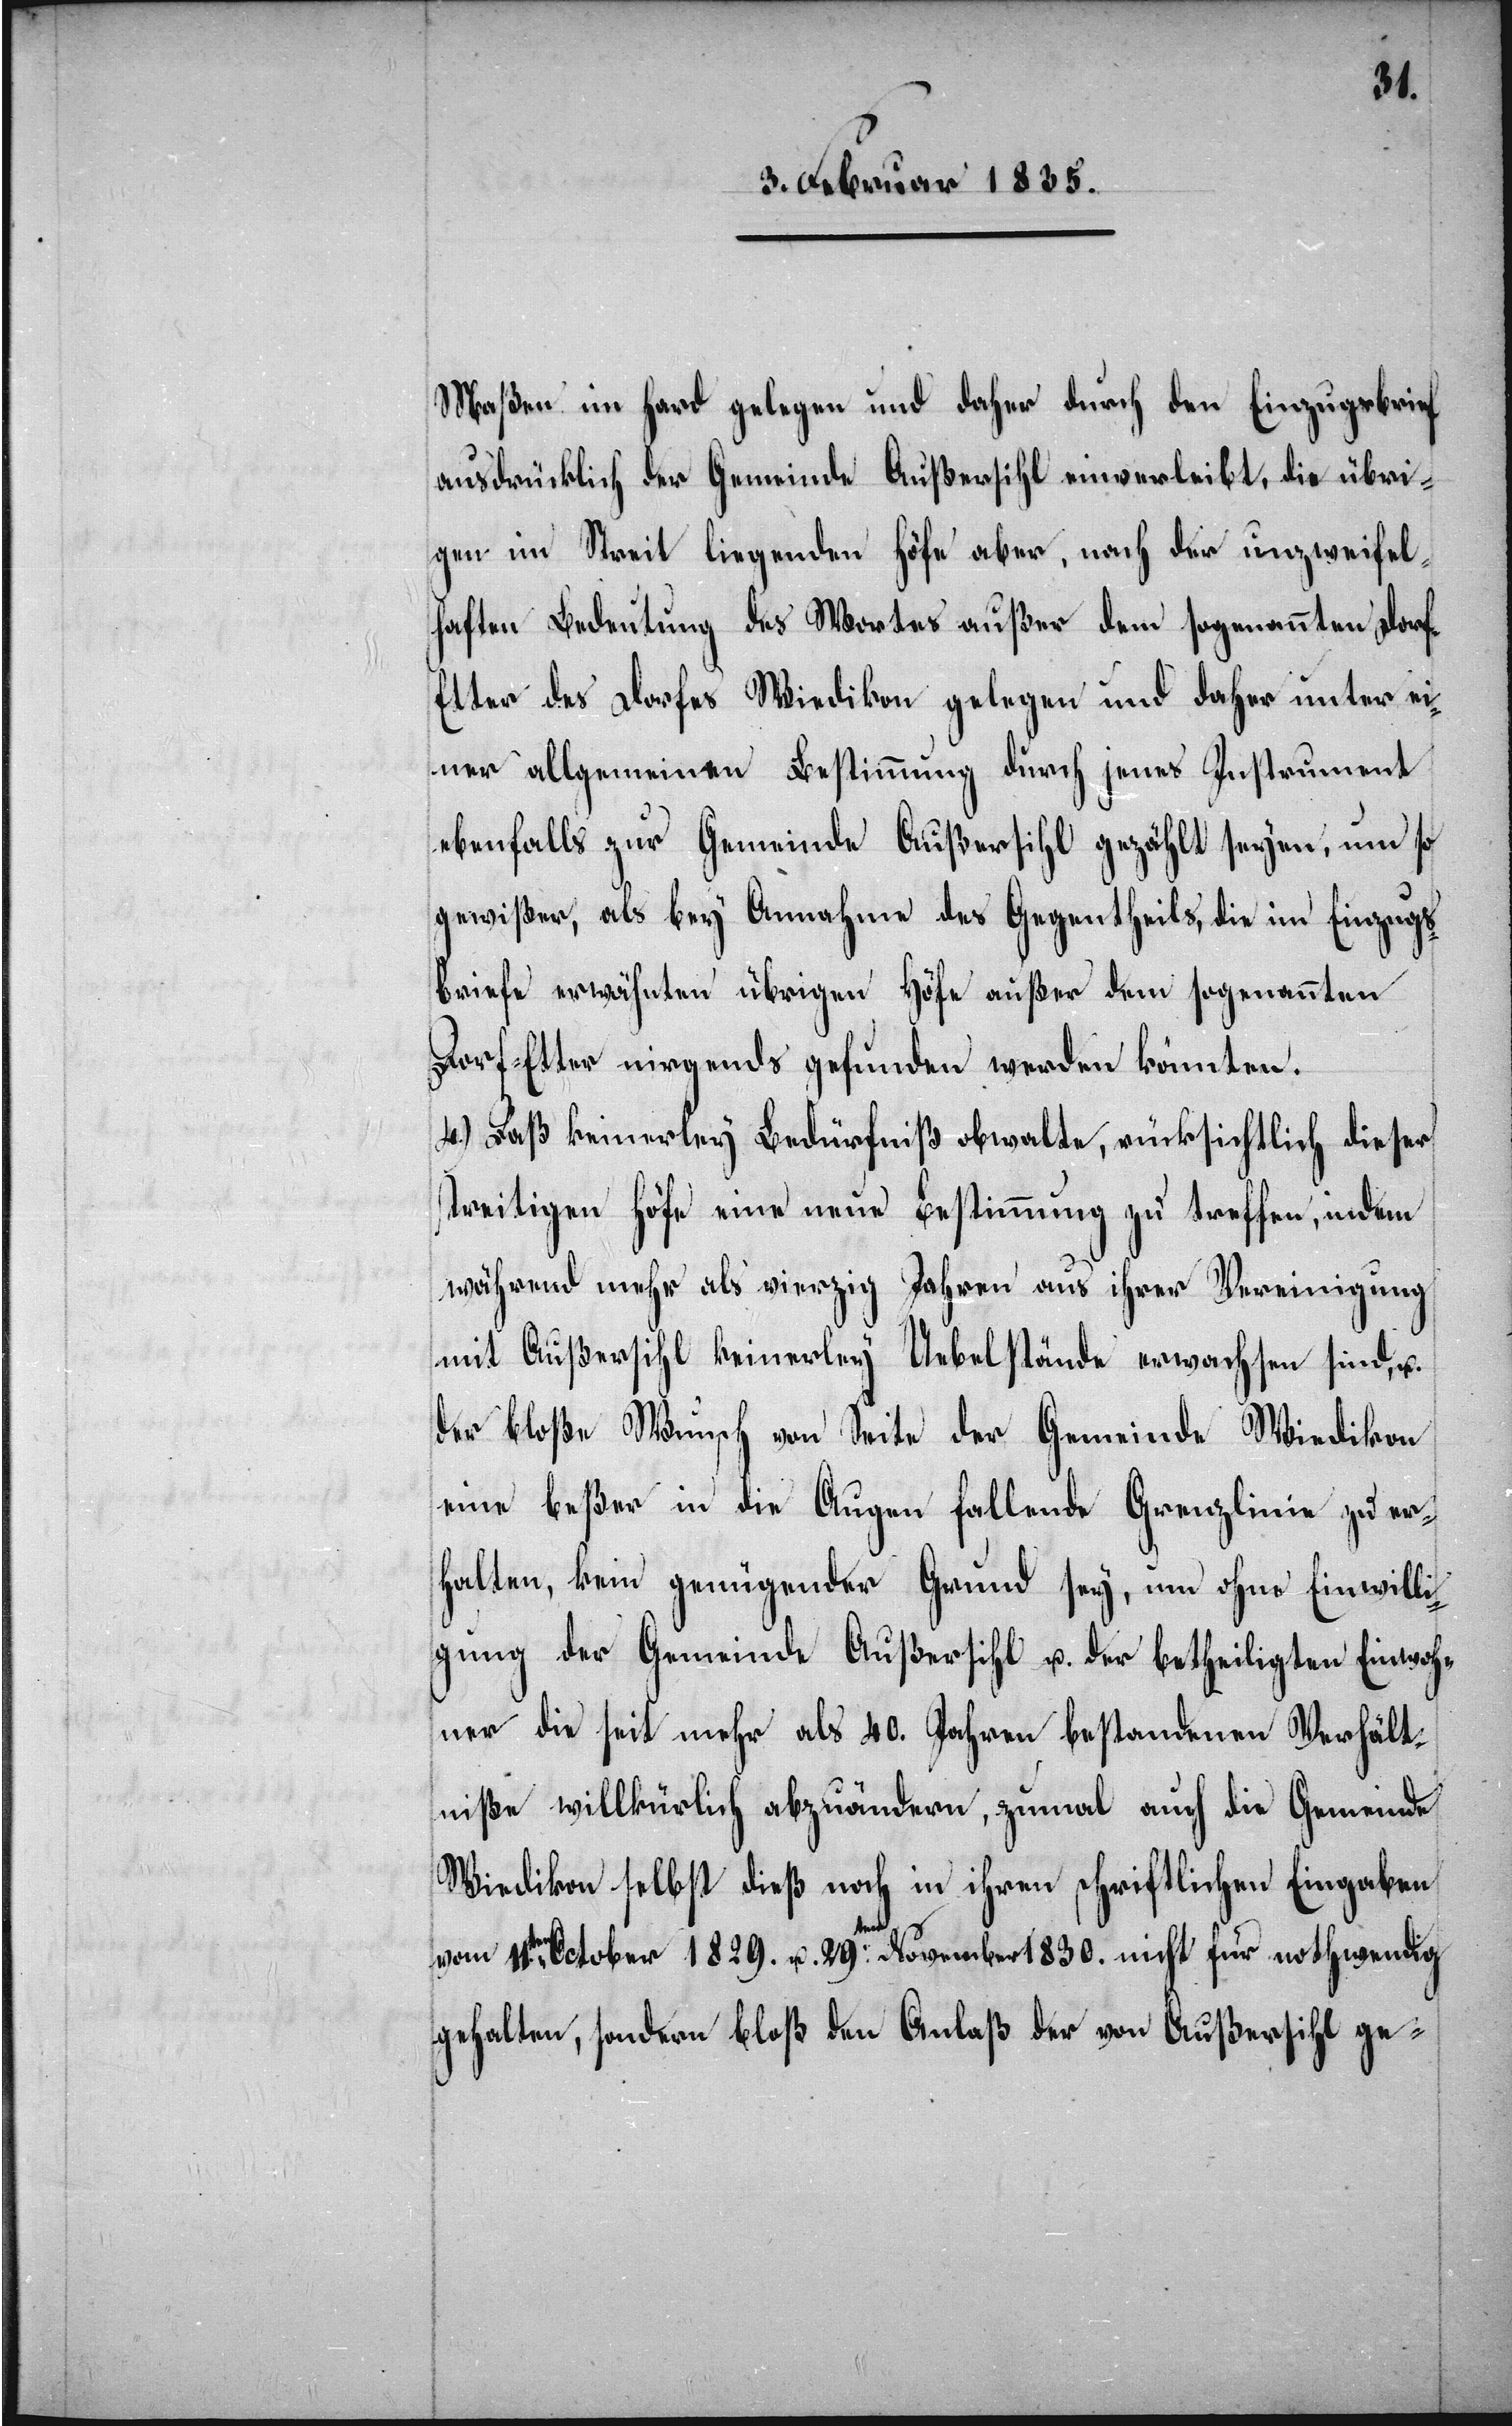
Maßen im Hard gelegen und daher durch den Einzugsbrief
ausdrücklich der Gemeinde Außersihl einverleibt, die übri¬
gen im Streit liegenden Höfe aber, nach der unzweifel¬
haften Bedeutung des Wortes außer dem sogenannten Dorf-E¬
tter des Dorfes Wiedikon gelegen und daher unter ei¬
ner allgemeinen Bestimmung durch jenes Instrument
ebenfalls zur Gemeinde Außersihl gezählt seyen, um so
gewißer, als bey Annahme des Gegentheils, die im Einzugs¬
briefe erwähnten übrigen Höfe außer dem sogenannten
Dorf-Etter nirgends gefunden werden könnten.
4.) Daß keinerley Bedürfniß obwalte, rücksichtlich dieser
streitigen Höfe eine neue Bestimmung zu treffen, indem
während mehr als vierzig Jahren aus ihrer Vereinigung
mit Außersihl keinerley Uebelstände erwachsen sind, u.
der bloße Wunsch von Seite der Gemeinde Wiedikon
eine beßer in die Augen fallende Grenzlinie zu er¬
halten, kein genügender Grund sey, um ohne Einwilli¬
gung der Gemeinde Außersihl u. der betheiligten Einwoh¬
ner die seit mehr als 40. Jahren bestandenen Verhält¬
niße willkürlich abzuändern, zumal auf die Gemeinde
Wiedikon selbst dieß noch in ihren schriftlichen Eingaben
vom 11.ten October 1829. u. 29.ten November 1830. nicht für nothwendig
gehalten, sondern bloß den Anlaß der von Außersihl ge-